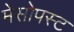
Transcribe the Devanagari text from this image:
मेसोपस्ट